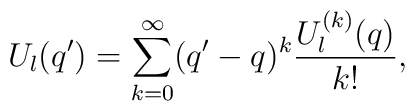
U_l(q')= \sum_{k=0}^{\infty} (q'-q)^k \frac{U_l^{(k)}(q)}{k!},